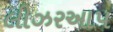
લીઝરઆપ